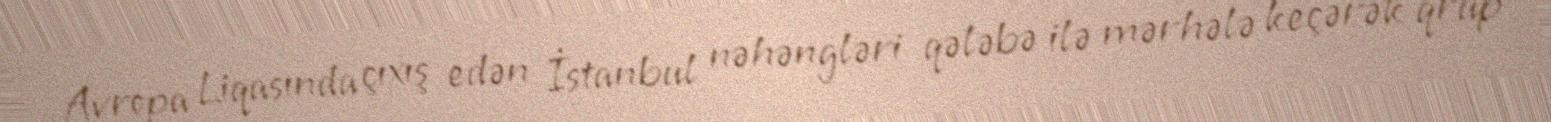
Avropa Liqasında çıxış edən İstanbul nəhəngləri qələbə ilə mərhələ keçərək qrup